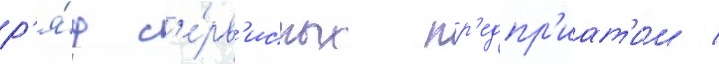
р'я́д с'е́рв'исных пр'едпр'иат'ии /